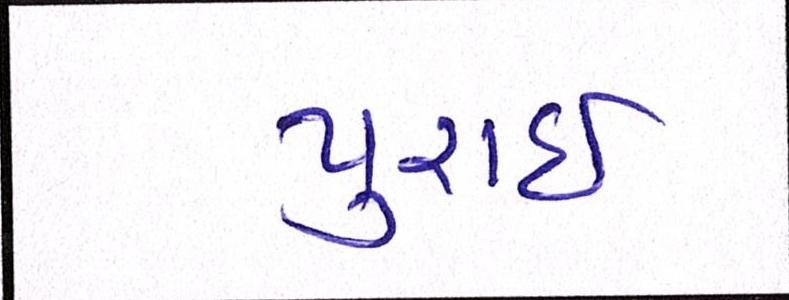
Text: પુરાઈ